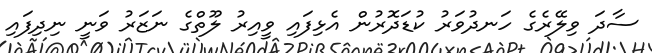
ސާދަ ވިލޭރެގެ ހަނދުވަރު ކުޑަދޮރުން އެޅިފައި ވީއިރު ލޫތްގެ ނަޒަރު ވަނީ ނިދިފައި